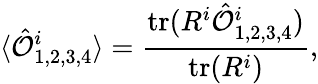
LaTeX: \langle\hat{\cal{O}}_{1,2,3,4}^{i}\rangle=\frac{{\mathrm{tr}}(R^{i}\hat{\cal{O}}_{1,2,3,4}^{i})}{{\mathrm{tr}}(R^{i})},